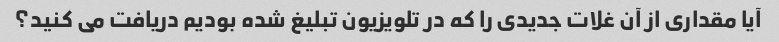
آیا مقداری از آن غلات جدیدی را که در تلویزیون تبلیغ شده بودیم دریافت می کنید؟